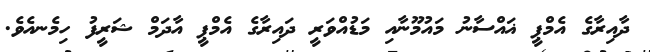
ދާއިރާގެ އެމްޕީ ޣައްސާނު މައުމޫނާއި މަޑުއްވަރީ ދައިރާގެ އެމްޕީ އާދަމް ޝަރީފު ހިމެނއެވެ.